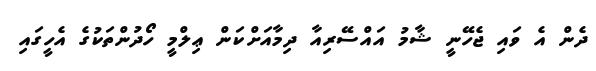
ދެން އެ ވައި ޖެހޭނީ ޝާމު އައްސޭރިއާ ދިމާއަށްކަން ޢިލްމީ ހޯދުންތަކުގެ އެހީގައި